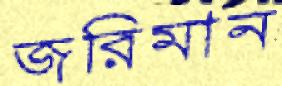
জরিমান